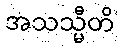
အသသ္မီတိ